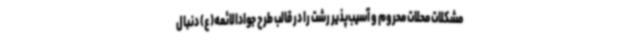
مشکلات محلات محروم و آسیب‌پذیر رشت را در قالب طرح جوادالائمه(ع) دنبال